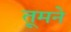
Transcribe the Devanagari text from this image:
तूमने